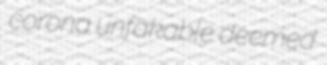
corona unfakable deemed